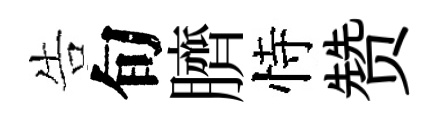
告旬臍恃赞